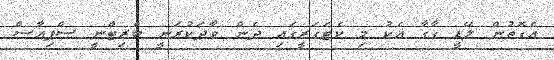
އެގޮތުން ލޭޑީ ގާގާ އެކު މި ކެޓަގަރީގައި ދެން ވާދަކުރަނީ ބްރިޓްނީ ސްޕިއާސް